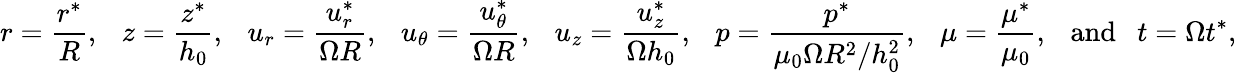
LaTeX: r=\frac{r^{*}}{R},~~~z=\frac{z^{*}}{h_{0}},~~~u_{r}=\frac{u_{r}^{*}}{\Omega R},~~~u_{\theta}=\frac{u_{\theta}^{*}}{\Omega R},~~~u_{z}=\frac{u_{z}^{*}}{\Omega h_{0}},~~~p=\frac{p^{*}}{\mu_{0}\Omega R^{2}/h_{0}^{2}},~~~\mu=\frac{\mu^{*}}{\mu_{0}},~~~\mathrm{and}~~~t=\Omega t^{*},